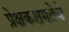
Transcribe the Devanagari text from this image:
प्रेक्षकक्षमतेचे